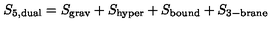
S _ { \mathrm { 5 , d u a l } } = S _ { \mathrm { g r a v } } + S _ { \mathrm { h y p e r } } + S _ { \mathrm { b o u n d } } + S _ { \mathrm { 3 - b r a n e } }